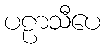
ပဠာသီပေ